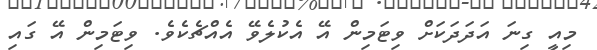
މިއީ ގިނަ އަދަދަކަށް ވިޓަމިން އޭ އެކުލެވޭ އެއްޗެކެވެ. ވިޓަމިން އޭ ގައި